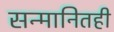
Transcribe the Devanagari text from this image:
सन्मानितही